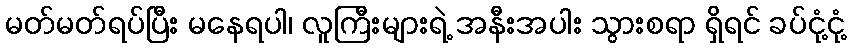
မတ်မတ်ရပ်ပြီး မနေရပါ၊ လူကြီးများရဲ့ အနီးအပါး သွားစရာ ရှိရင် ခပ်ငုံ့ငုံ့